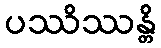
ပဿိဿန္တိ